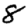
Digit: 8